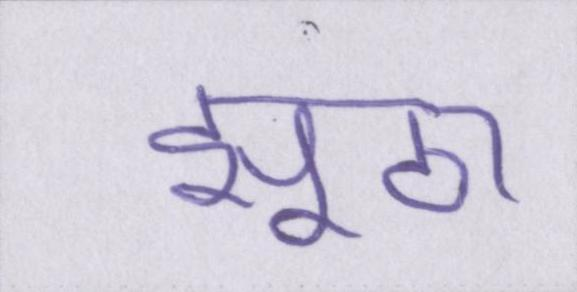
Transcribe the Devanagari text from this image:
झूठा